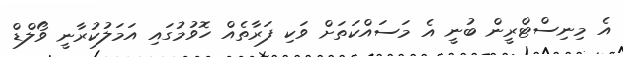
އެ މިނިސްޓްރީން ބުނީ އެ މަސައްކަތަށް ވަކި ފަރާތެއް ހޮވުމުގައި އަމަލުކުރާނީ ވޯލްޑް